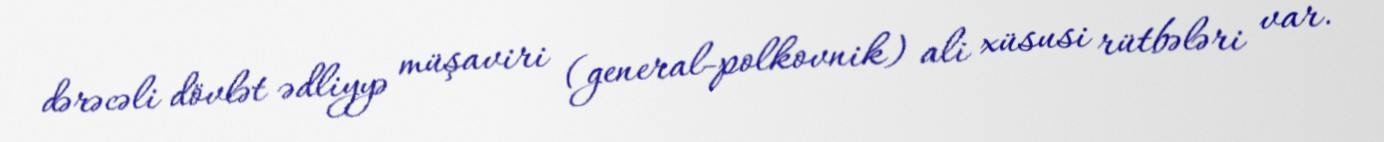
dərəcəli dövlət ədliyyə müşaviri (general-polkovnik) ali xüsusi rütbələri var.